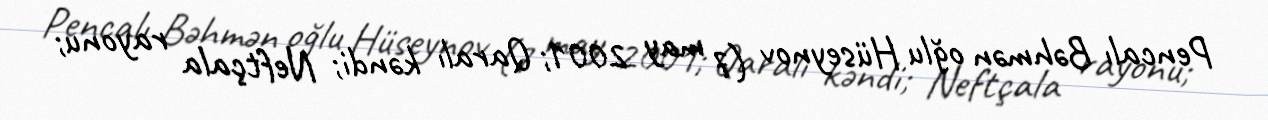
Pencalı Bəhmən oğlu Hüseynov (7 may 2001; Qaralı kəndi; Neftçala rayonu;